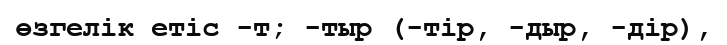
өзгелік етіс -т; -тыр (-тір, -дыр, -дір),